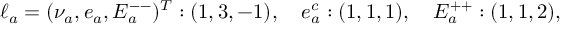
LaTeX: \ell _ { a } = ( \nu _ { a } , e _ { a } , E _ { a } ^ { -- } ) ^ { T } : ( 1 , 3 , - 1 ) , \quad e _ { a } ^ { c } : ( 1 , 1 , 1 ) , \quad E _ { a } ^ { + + } : ( 1 , 1 , 2 ) ,